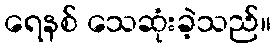
ရေနစ် သေဆုံးခဲ့သည်။